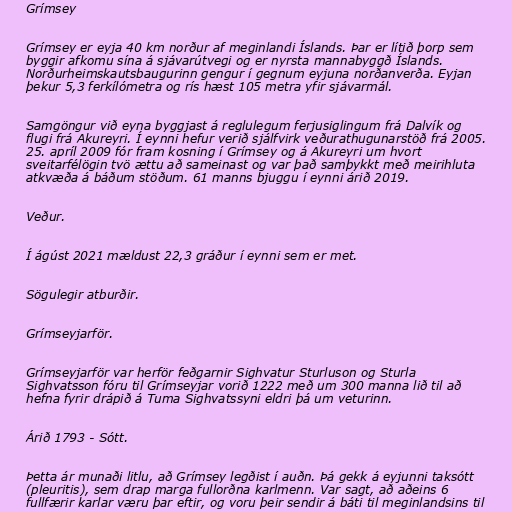
Grímsey

Grímsey er eyja 40 km norður af meginlandi Íslands. Þar er lítið þorp sem
byggir afkomu sína á sjávarútvegi og er nyrsta mannabyggð Íslands.
Norðurheimskautsbaugurinn gengur í gegnum eyjuna norðanverða. Eyjan
þekur 5,3 ferkílómetra og rís hæst 105 metra yfir sjávarmál.

Samgöngur við eyna byggjast á reglulegum ferjusiglingum frá Dalvík og
flugi frá Akureyri. Í eynni hefur verið sjálfvirk veðurathugunarstöð frá 2005.
25. apríl 2009 fór fram kosning í Grímsey og á Akureyri um hvort
sveitarfélögin tvö ættu að sameinast og var það samþykkt með meirihluta
atkvæða á báðum stöðum. 61 manns bjuggu í eynni árið 2019.

Veður.

Í ágúst 2021 mældust 22,3 gráður í eynni sem er met.

Sögulegir atburðir.

Grímseyjarför.

Grímseyjarför var herför feðgarnir Sighvatur Sturluson og Sturla
Sighvatsson fóru til Grímseyjar vorið 1222 með um 300 manna lið til að
hefna fyrir drápið á Tuma Sighvatssyni eldri þá um veturinn.

Árið 1793 - Sótt.

Þetta ár munaði litlu, að Grímsey legðist í auðn. Þá gekk á eyjunni taksótt
(pleuritis), sem drap marga fullorðna karlmenn. Var sagt, að aðeins 6
fullfærir karlar væru þar eftir, og voru þeir sendir á báti til meginlandsins til